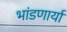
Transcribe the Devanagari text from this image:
भांडणार्या